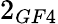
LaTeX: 2_{GF4}